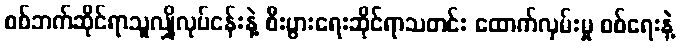
စစ်ဘက်ဆိုင်ရာသူလျှိုလုပ်ငန်းနဲ့ စီးပွားရေးဆိုင်ရာသတင်း ထောက်လှမ်းမှု စစ်ရေးနဲ့